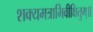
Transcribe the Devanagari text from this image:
शक्यमत्राभिवीक्षितुम्॥